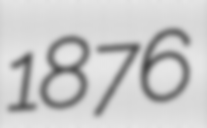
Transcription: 1876